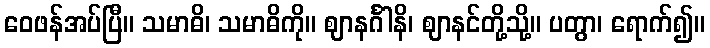
ဝေဖန်အပ်ပြီ။ သမာဓိ၊ သမာဓိကို။ ဈာနင်္ဂါနိ၊ ဈာနင်တို့သို့။ ပတွာ၊ ရောက်၍။